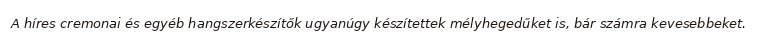
A híres cremonai és egyéb hangszerkészítők ugyanúgy készítettek mélyhegedűket is, bár számra kevesebbeket.